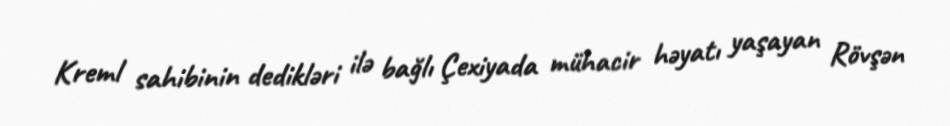
Kreml sahibinin dedikləri ilə bağlı Çexiyada mühacir həyatı yaşayan Rövşən